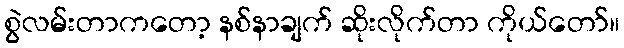
စွဲလမ်းတာကတော့ နစ်နာချက် ဆိုးလိုက်တာ ကိုယ်တော်။